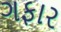
ગફાર